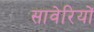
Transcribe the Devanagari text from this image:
सावेरियों